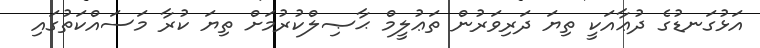
އަޅުގަނޑުގެ ދުޢާއަކީ ތިޔަ ދަރިވަރުން ތަޢުލީމް ޙާޞިލްކުރުމަށް ތިޔަ ކުރާ މަސައްކަތުގައި